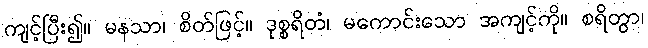
ကျင့်ပြီး၍။ မနသာ၊ စိတ်ဖြင့်။ ဒုစ္စရိတံ၊ မကောင်းသော အကျင့်ကို။ စရိတွာ၊